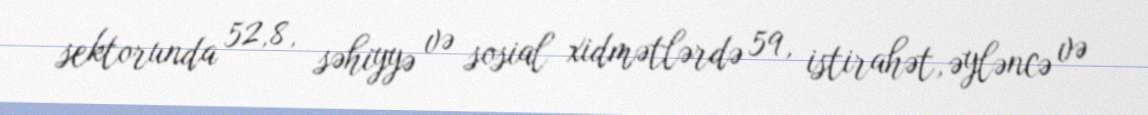
sektorunda 52,8, səhiyyə və sosial xidmətlərdə 59, istirahət, əyləncə və